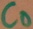
Text: CD